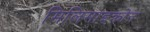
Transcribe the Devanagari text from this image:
मिलिमाइक्रोन